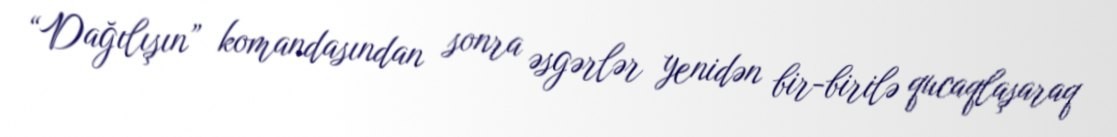
“Dağılışın” komandasından sonra əsgərlər yenidən bir-birilə qucaqlaşaraq